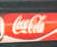
coco-cola